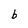
Character: b